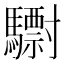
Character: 𩦾